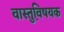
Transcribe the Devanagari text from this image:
वास्तुवि़षयक